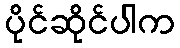
ပိုင်ဆိုင်ပါက